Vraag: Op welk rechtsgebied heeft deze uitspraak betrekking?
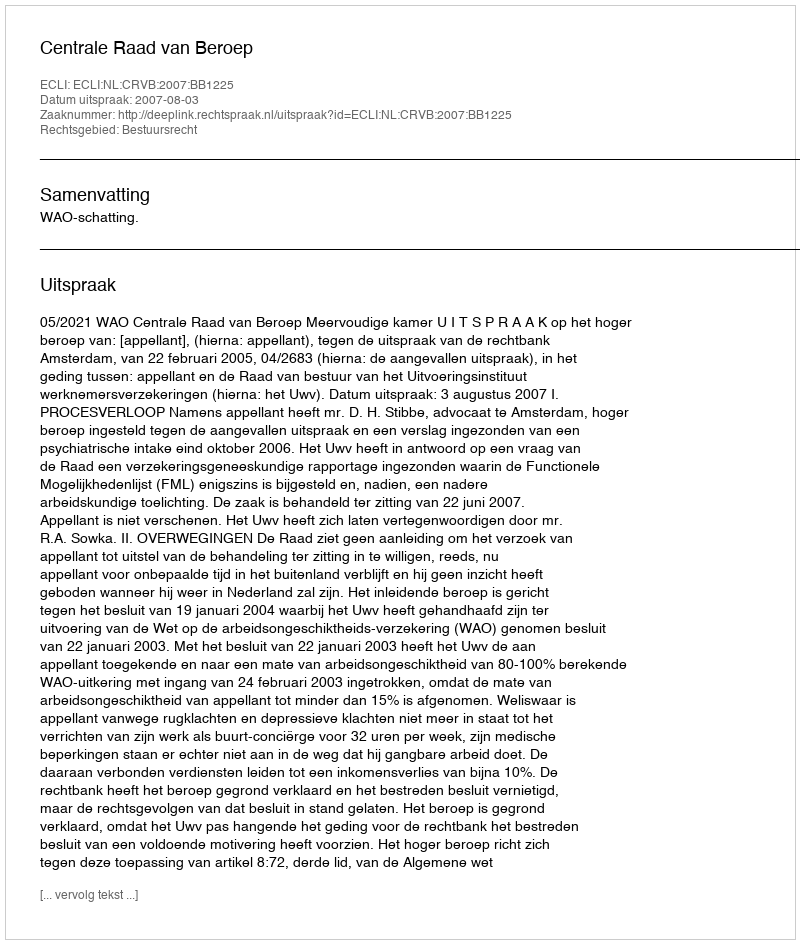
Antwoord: Bestuursrecht